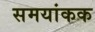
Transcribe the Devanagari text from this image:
समयांकक